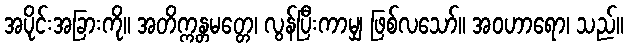
အပိုင်းအခြားကို။ အတိက္ကန္တမတ္တေ၊ လွန်ပြီးကာမျှ ဖြစ်လသော်။ အဝဟာရော၊ သည်။